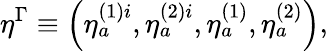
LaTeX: \eta^{\Gamma}\equiv\left(\eta_{a}^{(1)i},\eta_{a}^{(2)i},\eta_{a}^{(1)},\eta_{a}^{(2)}\right),